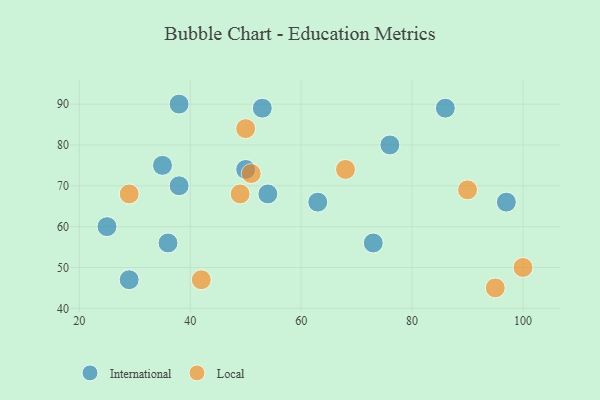
{"axis": {"x": "GDP", "y": "Life Expectancy"}, "legend": ["International", "Local"], "data": [{"x": "73", "y": 56, "type": "International"}, {"x": "54", "y": 68, "type": "International"}, {"x": "63", "y": 66, "type": "International"}, {"x": "97", "y": 66, "type": "International"}, {"x": "86", "y": 89, "type": "International"}, {"x": "36", "y": 56, "type": "International"}, {"x": "76", "y": 80, "type": "International"}, {"x": "25", "y": 60, "type": "International"}, {"x": "38", "y": 90, "type": "International"}, {"x": "38", "y": 70, "type": "International"}, {"x": "53", "y": 89, "type": "International"}, {"x": "50", "y": 74, "type": "International"}, {"x": "29", "y": 47, "type": "International"}, {"x": "35", "y": 75, "type": "International"}, {"x": "50", "y": 84, "type": "Local"}, {"x": "95", "y": 45, "type": "Local"}, {"x": "42", "y": 47, "type": "Local"}, {"x": "90", "y": 69, "type": "Local"}, {"x": "29", "y": 68, "type": "Local"}, {"x": "51", "y": 73, "type": "Local"}, {"x": "49", "y": 68, "type": "Local"}, {"x": "100", "y": 50, "type": "Local"}, {"x": "68", "y": 74, "type": "Local"}]}